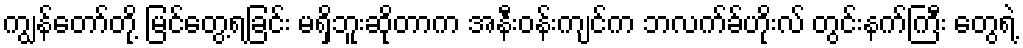
ကျွန်တော်တို့ မြင်တွေ့ရခြင်း မရှိဘူးဆိုတာက အနီးဝန်းကျင်က ဘလက်ခ်ဟိုးလ် တွင်းနက်ကြီး တွေရဲ့